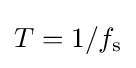
T=1/f_{\mathrm {s} }